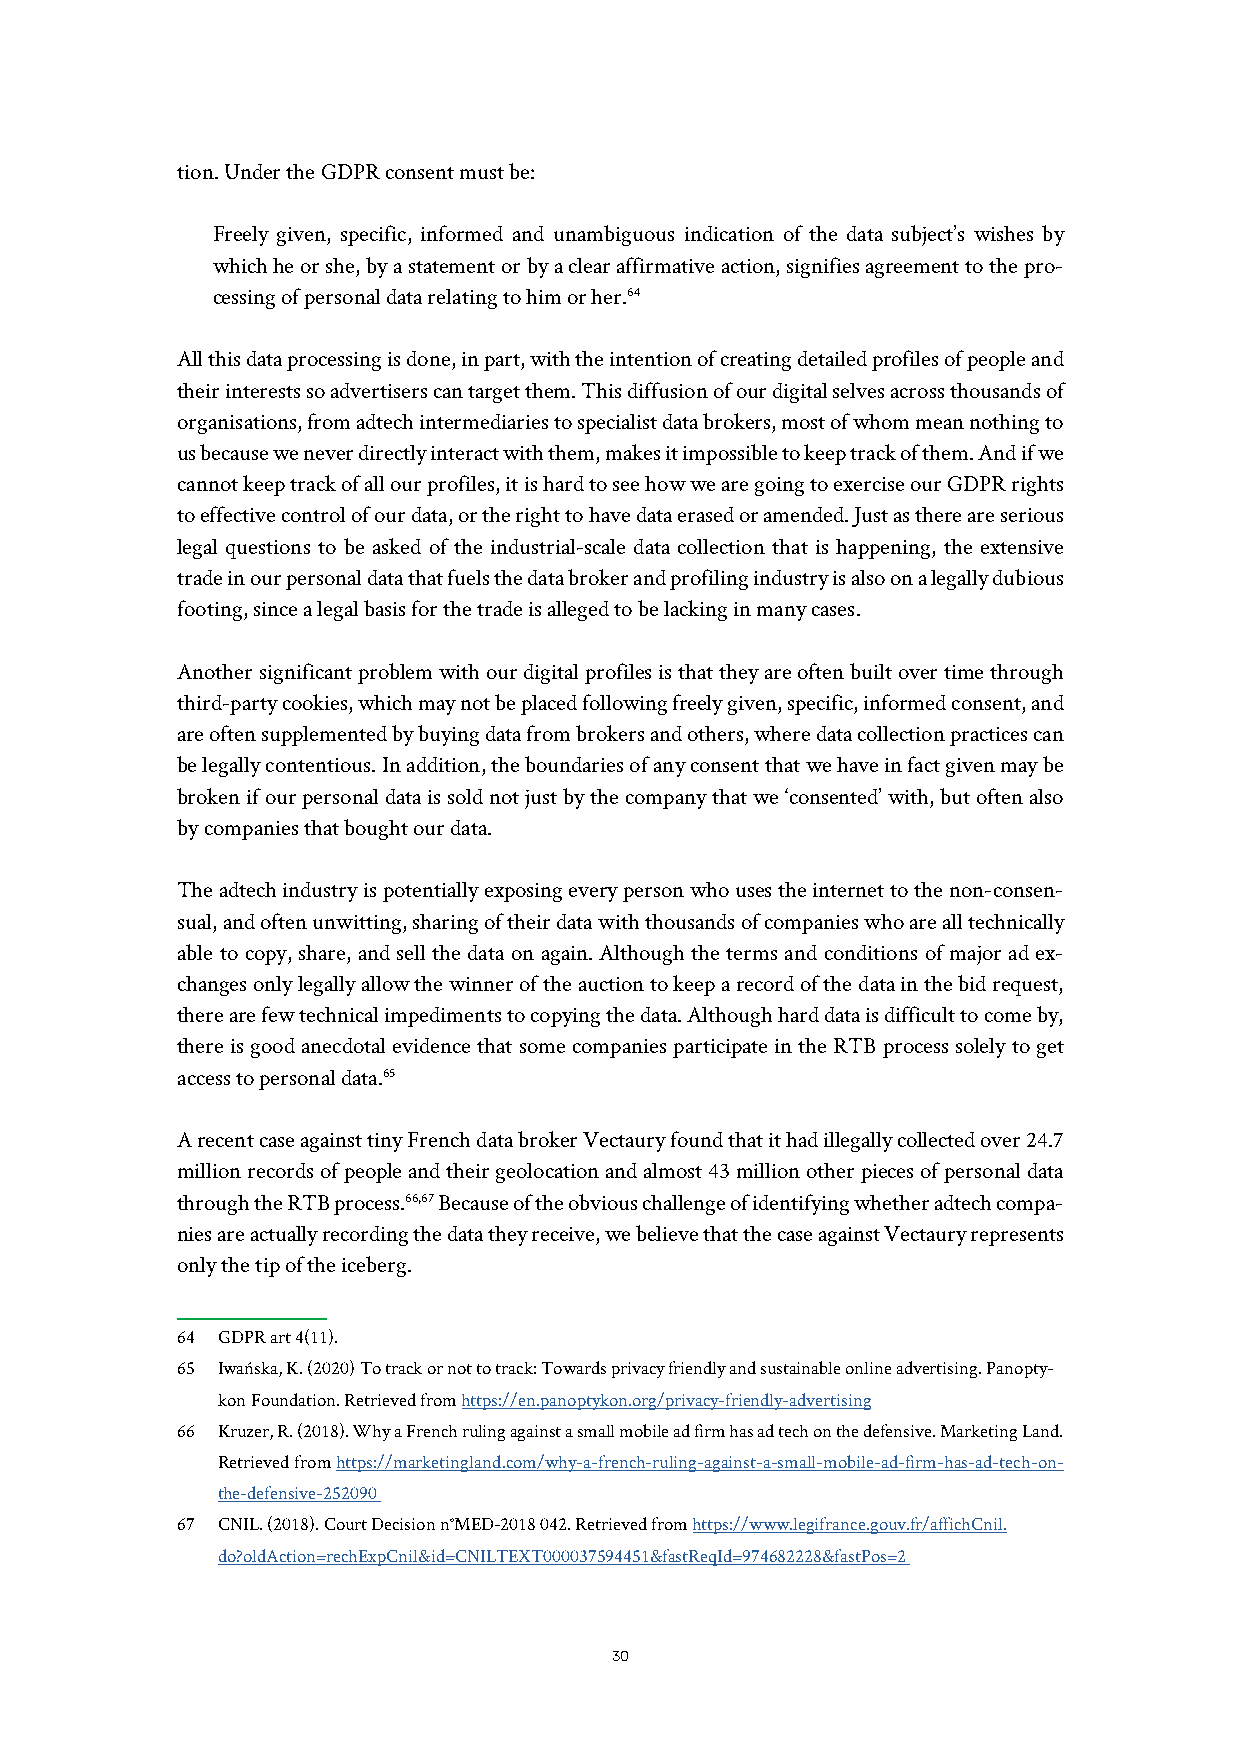
tion. Under the GDPR consent must be:
 Freely given, specific, informed and unambiguous indication of the data subject’s wishes by
 which he or she, by a statement or by a clear affirmative action, signifies agreement to the pro-
 cessing of personal data relating to him or her.64
 All this data processing is done, in part, with the intention of creating detailed profiles of people and
 their interests so advertisers can target them. This diffusion of our digital selves across thousands of
 organisations, from adtech intermediaries to specialist data brokers, most of whom mean nothing to
 us because we never directly interact with them, makes it impossible to keep track of them. And if we
 cannot keep track of all our profiles, it is hard to see how we are going to exercise our GDPR rights
 to effective control of our data, or the right to have data erased or amended. Just as there are serious
 legal questions to be asked of the industrial-scale data collection that is happening, the extensive
 trade in our personal data that fuels the data broker and profiling industry is also on a legally dubious
 footing, since a legal basis for the trade is alleged to be lacking in many cases.
 Another significant problem with our digital profiles is that they are often built over time through
 third-party cookies, which may not be placed following freely given, specific, informed consent, and
 are often supplemented by buying data from brokers and others, where data collection practices can
 be legally contentious. In addition, the boundaries of any consent that we have in fact given may be
 broken if our personal data is sold not just by the company that we ‘consented’ with, but often also
 by companies that bought our data.
 The adtech industry is potentially exposing every person who uses the internet to the non-consen-
 sual, and often unwitting, sharing of their data with thousands of companies who are all technically
 able to copy, share, and sell the data on again. Although the terms and conditions of major ad ex-
 changes only legally allow the winner of the auction to keep a record of the data in the bid request,
 there are few technical impediments to copying the data. Although hard data is difficult to come by,
 there is good anecdotal evidence that some companies participate in the RTB process solely to get
 access to personal data.65
 A recent case against tiny French data broker Vectaury found that it had illegally collected over 24.7
 million records of people and their geolocation and almost 43 million other pieces of personal data
 through the RTB process.66,67 Because of the obvious challenge of identifying whether adtech compa-
 nies are actually recording the data they receive, we believe that the case against Vectaury represents
 only the tip of the iceberg.
 64 GDPR art 4(11).
 65 Iwańska, K. (2020) To track or not to track: Towards privacy friendly and sustainable online advertising. Panopty-
 kon Foundation. Retrieved from https://en.panoptykon.org/privacy-friendly-advertising
 66 Kruzer, R. (2018). Why a French ruling against a small mobile ad firm has ad tech on the defensive. Marketing Land.
 Retrieved from https://marketingland.com/why-a-french-ruling-against-a-small-mobile-ad-firm-has-ad-tech-on-
 the-defensive-252090
 67 CNIL. (2018). Court Decision n°MED-2018 042. Retrieved from https://www.legifrance.gouv.fr/affichCnil.
 do?oldAction=rechExpCnil&id=CNILTEXT000037594451&fastReqId=974682228&fastPos=2
 30